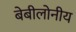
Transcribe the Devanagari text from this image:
बेबीलोनीय